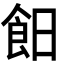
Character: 𩚣